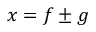
x = f \pm g